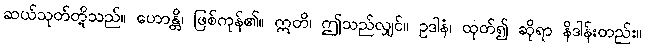
ဆယ်သုတ်တို့သည်။ ဟောန္တိ၊ ဖြစ်ကုန်၏။ ဣတိ၊ ဤသည်လျှင်။ ဥဒါနံ၊ ထုတ်၍ ဆိုရာ နိဒါန်းတည်း။